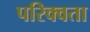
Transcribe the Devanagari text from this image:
परिक्वता